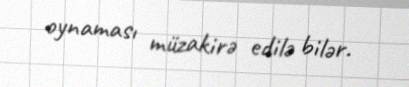
oynaması müzakirə edilə bilər.